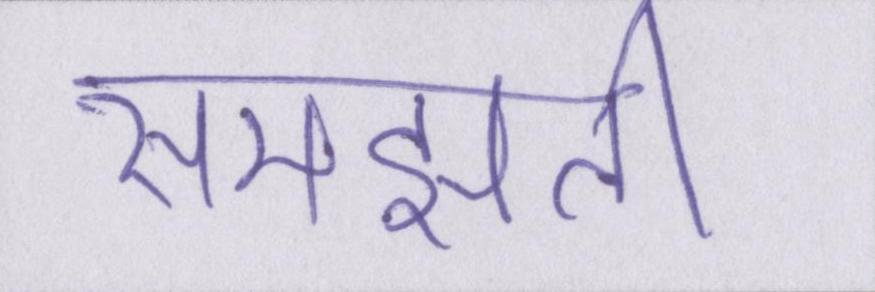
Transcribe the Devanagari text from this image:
समझती